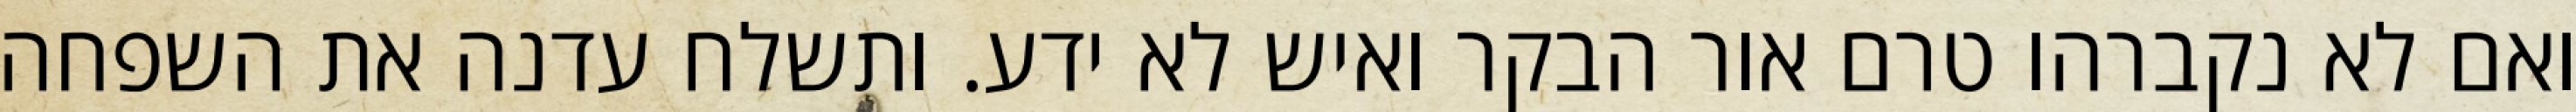
ואם לא נקברהו טרם אור הבקר ואיש לא ידע. ותשלח עדנה את השפחה